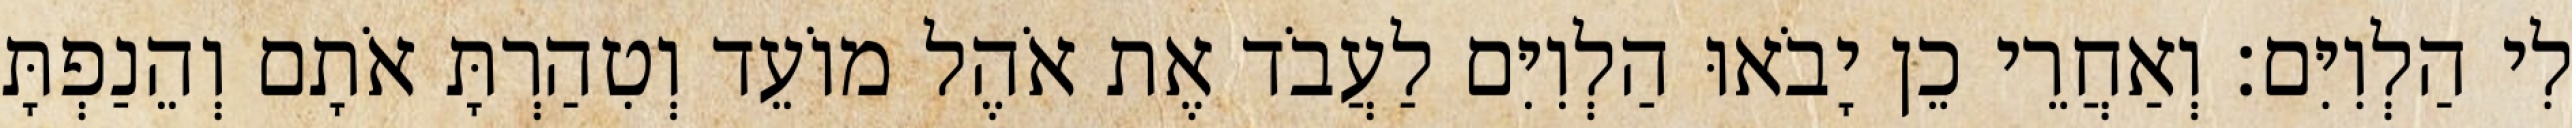
לִי הַלְוִיִּם׃ וְאַחֲרֵי כֵן יָבֹאוּ הַלְוִיִּם לַעֲבֹד אֶת אֹהֶל מוֹעֵד וְטִהַרְתָּ אֹתָם וְהֵנַפְתָּ